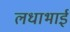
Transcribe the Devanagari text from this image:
लधाभाई